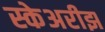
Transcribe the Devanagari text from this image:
स्केअरीझ